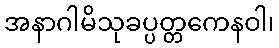
အနာဂါမိသုခပ္ပတ္တကေနဝါ၊